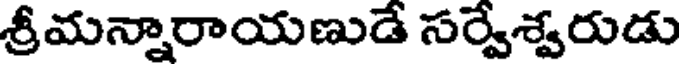
శ్రీమన్నారాయణుడే సర్వేశ్వరుడు